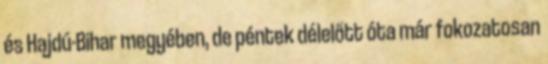
és Hajdú-Bihar megyében, de péntek délelőtt óta már fokozatosan